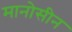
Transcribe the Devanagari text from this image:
मानोसीन